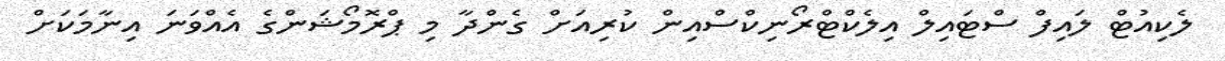
ލެކިއުޓް ލައިފް ސްޓައިލް އިލެކްޓްރޯނިކްސްއިން ކުރިއަށް ގެންދާ މި ޕްރޮމޯޝަންގެ އެއްވަނަ އިނާމަކަށް